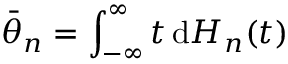
{ \bar { \theta } } _ { n } = \int _ { - \infty } ^ { \infty } t \, \mathrm { d } H _ { n } ( t )